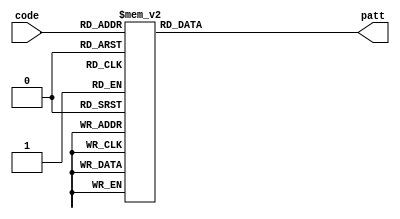


module pattern(code, patt);
input [3: 0] code;       		// 164
output reg[7:0] patt;       	// 7

always@(code)begin
    case (code[3:0])
        4'b0000: patt = 8'b11000000;
        4'b0001: patt = 8'b11111001;
        4'b0010: patt = 8'b10100100;
        4'b0011: patt = 8'b10110000;
        4'b0100: patt = 8'b10011001;
        4'b0101: patt = 8'b10010010;
        4'b0110: patt = 8'b10000010;
        4'b0111: patt = 8'b11111000;
        4'b1000: patt = 8'b10000000;
        4'b1001: patt = 8'b10011000;
        4'b1010: patt = 8'b10001000;
        4'b1011: patt = 8'b10000011;
        4'b1100: patt = 8'b11000110;
        4'b1101: patt = 8'b10100001;
        4'b1110: patt = 8'b10000110;
        4'b1111: patt = 8'b10001110;
        default:;
    endcase
end

endmodule